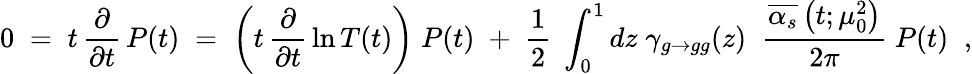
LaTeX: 0\; =\; t\, \frac{\partial}{\partial t}\, P(t)\; =\; \left(t\, \frac{\partial}{\partial t}\, \ln T(t)\right)\; P(t)\; +\; \frac{1}{2}\; \int_{0}^{1}dz\; \gamma_{g\rightarrow gg}(z)\; \; \frac{\overline{{{\alpha_{s}}}}\left(t;\mu_{0}^{2}\right)}{2\pi}\; P(t)\; \; ,